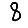
Digit: 8